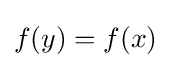
f(y)=f(x)